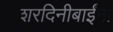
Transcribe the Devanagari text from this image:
शरदिनीबाईंना